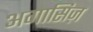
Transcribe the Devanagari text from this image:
अगासिज़